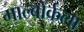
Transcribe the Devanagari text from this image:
माल्बोर्कला